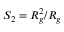
S _ { 2 } = R _ { g } ^ { 2 } / R _ { g }